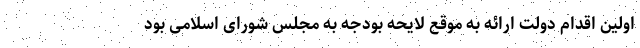
اولین اقدام دولت ارائه به موقع لایحه بودجه به مجلس شورای اسلامی بود